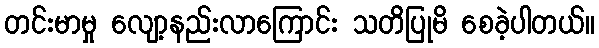
တင်းမာမှု လျော့နည်းလာကြောင်း သတိပြုမိ စေခဲ့ပါတယ်။